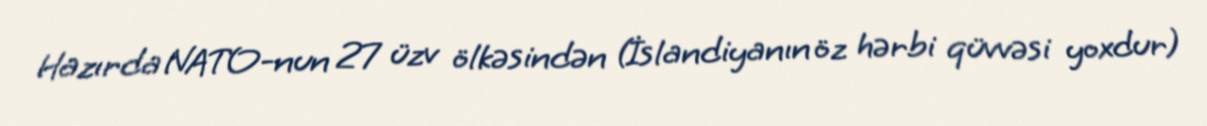
Hazırda NATO-nun 27 üzv ölkəsindən (İslandiyanın öz hərbi qüvvəsi yoxdur)